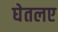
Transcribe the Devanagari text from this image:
घेतलए